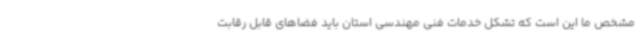
مشخص ما این است که تشکل خدمات فنی مهندسی استان باید فضاهای قابل رقابت